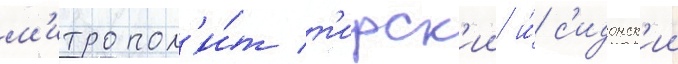
м'итропол'и́т т'ирск'ии и́ с'идонск'ии